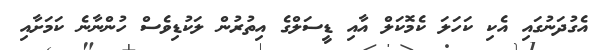
އެގުދަނުގައި އެކި ކަހަލަ ކެމޮކަލް އާއި ޑީސަލްގެ އިތުރުން ލަކުޑިވެސް ހުންނާނެ ކަމަށާއި